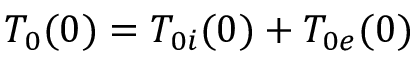
T _ { 0 } ( 0 ) = T _ { 0 i } ( 0 ) + T _ { 0 e } ( 0 )